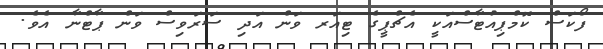
ފޯކަސް ކޮމްޕިއުޓާސްއަކީ އެޗްޕީގެ ޓިއަރ ވަން އަދި ސަރަވިސް ވަން ޕާޓްނާ އެވެ.